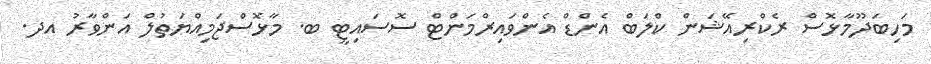
މަހިބަދޫމާޅޮސް ރެކްރިއޭޝަން ކްލަބް އެންޑް އެންވައިރްމަންޓް ސޮސައިޓީ ބ. މާޅޮސްޖަމިއްޔަތުލް އަންވާރު އދ.